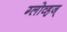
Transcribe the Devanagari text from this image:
ग्लोव्हज्